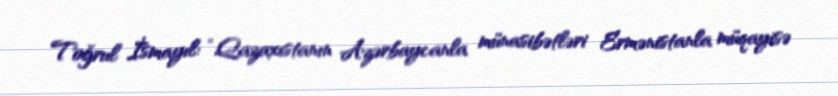
Toğrul İsmayıl: “Qazaxıstanın Azərbaycanla münasibətləri Ermənistanla müqayisə